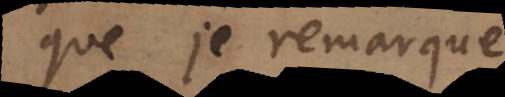
ue je remarque.